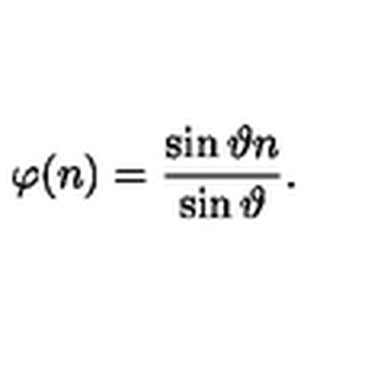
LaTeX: \varphi ( n ) = \frac { \sin \vartheta n } { \sin \vartheta } .